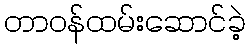
တာဝန်ထမ်းဆောင်ခဲ့